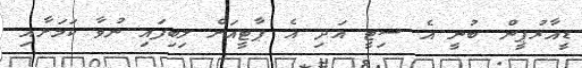
ޑީއާރުޕީން ބުނީ އެ ސިޓީ އަދި އެ ޕާޓީއަށް ލިބިފައި ނުވާ ކަމަށާއި